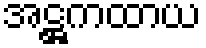
အဋ္ဌကထာယ